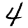
Digit: 4